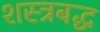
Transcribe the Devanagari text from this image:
शस्त्रबद्ध